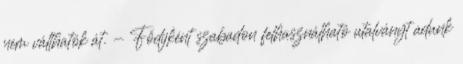
nem válthatók át. - Fődíjként szabadon felhasználható utalványt adunk